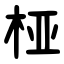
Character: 桠